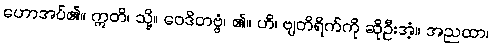
ဟောအပ်၏။ ဣတိ၊ သို့။ ဝေဒိတဗ္ဗံ၊ ၏။ ဟိ၊ ဗျတိရိက်ကို ဆိုဦးအံ့။ အညထာ၊